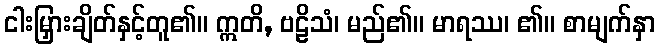
ငါးမြှားချိတ်နှင့်တူ၏။ ဣတိ, ဗဠိသံ၊ မည်၏။ မာရဿ၊ ၏။ စာမျက်နှာ